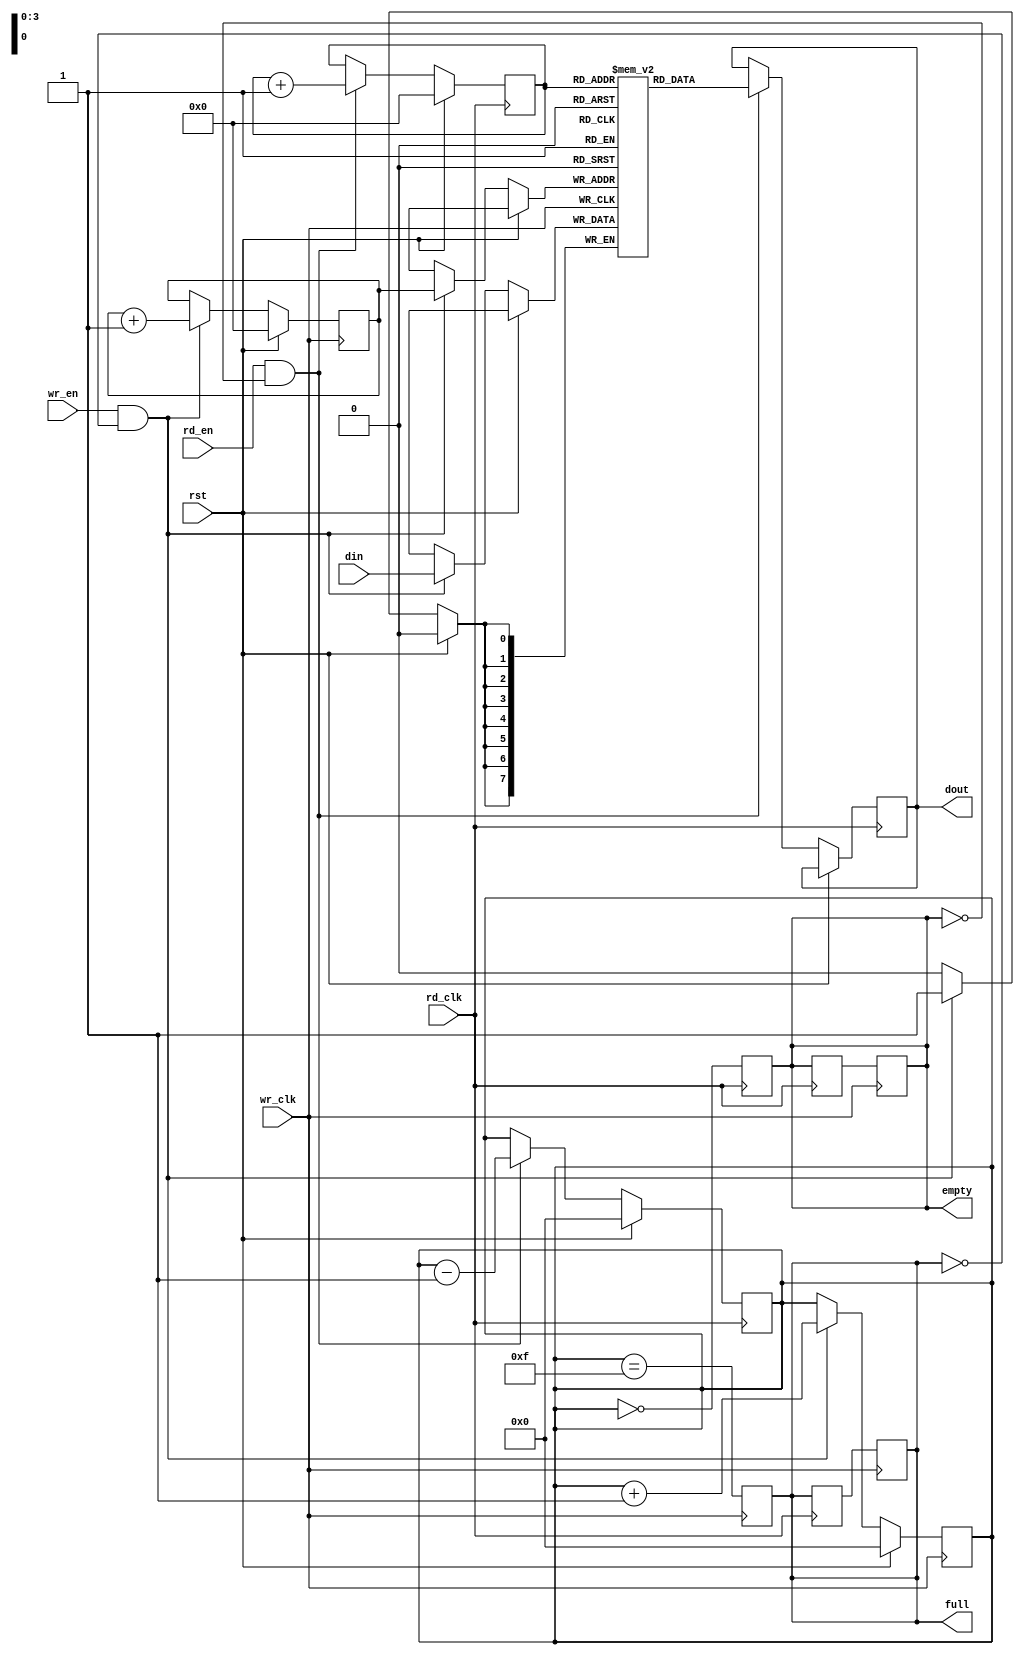
module dual_clock_fifo #(
    parameter DATA_WIDTH = 8,  // Width of data
    parameter FIFO_DEPTH = 16   // Depth of FIFO (must be a power of 2)
)(
    input wire wr_clk,          // Write clock
    input wire rd_clk,          // Read clock
    input wire rst,             // Synchronous reset
    input wire wr_en,           // Write enable
    input wire rd_en,           // Read enable
    input wire [DATA_WIDTH-1:0] din, // Data input
    output reg [DATA_WIDTH-1:0] dout, // Data output
    output reg full,            // FIFO full flag
    output reg empty            // FIFO empty flag
);

    // FIFO memory array
    reg [DATA_WIDTH-1:0] fifo_mem [0:FIFO_DEPTH-1];

    // Write and read pointers
    reg [3:0] wr_ptr;           // Write pointer
    reg [3:0] rd_ptr;           // Read pointer
    reg [4:0] count;            // Count of items in FIFO

    // Write operation
    always @(posedge wr_clk) begin
        if (rst) begin
            wr_ptr <= 0;
            count <= 0;
            full <= 0;
        end else if (wr_en && !full) begin
            fifo_mem[wr_ptr] <= din; // Write data
            wr_ptr <= wr_ptr + 1'b1; // Increment write pointer
            count <= count + 1'b1;    // Increment count
        end

        // Update full flag
        full <= (count == FIFO_DEPTH - 1);
    end

    // Read operation
    always @(posedge rd_clk) begin
        if (rst) begin
            rd_ptr <= 0;
            count <= 0;
            empty <= 1;
        end else if (rd_en && !empty) begin
            dout <= fifo_mem[rd_ptr]; // Read data
            rd_ptr <= rd_ptr + 1'b1;  // Increment read pointer
            count <= count - 1'b1;    // Decrement count
        end

        // Update empty flag
        empty <= (count == 0);
    end

    // Synchronization of empty and full flags
    reg empty_sync;
    reg full_sync;

    always @(posedge rd_clk) begin
        empty_sync <= empty;
        full_sync <= full;
    end

    always @(posedge wr_clk) begin
        // Synchronize empty and full flags to the write clock domain
        empty <= empty_sync;
        full <= full_sync;
    end

endmodule